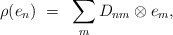
\begin{align*}\rho(e_n) ~=~ \sum _m D_{nm} \otimes e_m,\end{align*}